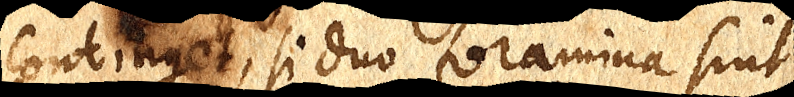
continget, si duo foramina sint